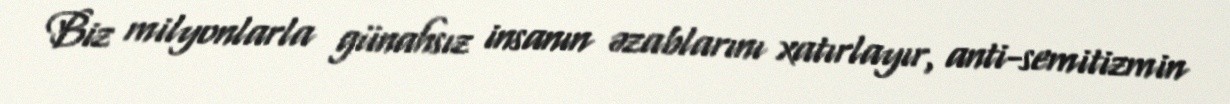
Biz milyonlarla günahsız insanın əzablarını xatırlayır, anti-semitizmin